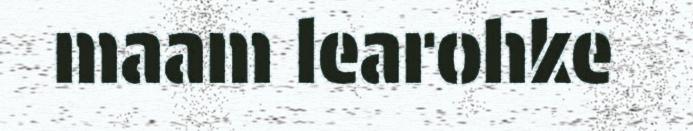
maam learohke